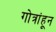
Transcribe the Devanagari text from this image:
गोत्रांहून